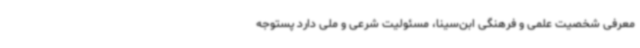
معرفی شخصیت علمی و فرهنگی ابن‌سینا، مسئولیت شرعی و ملی دارد پستوجه